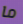
ما